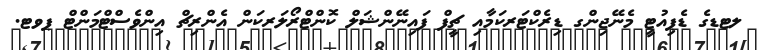
ލޓޑގެ ޑެޕިއުޓީ މެނޭޖިންގ ޑިރެކްޓަރކަމާއި ޗީފް ފައިނޭންޝަލް ކޮންޓްރޯލަރކަން އެންރިޗް އިންވެސްޓްމަންޓް ޕވޓ.